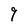
Character: q